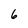
Character: 6